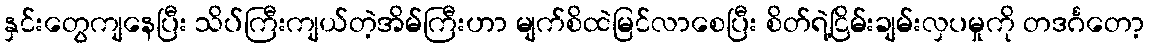
နှင်းတွေကျနေပြီး သိပ်ကြီးကျယ်တဲ့အိမ်ကြီးဟာ မျက်စိထဲမြင်လာစေပြီး စိတ်ရဲ့ငြိမ်းချမ်းလှပမှုကို တဒင်္ဂတော့